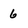
Character: 6